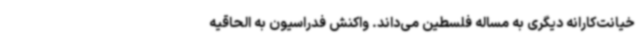
خیانت‌کارانه دیگری به مساله فلسطین می‌داند. واکنش فدراسیون به الحاقیه